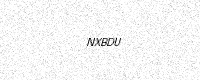
Text: NXBDU